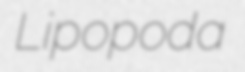
Lipopoda